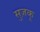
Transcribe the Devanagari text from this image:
सुज़कू